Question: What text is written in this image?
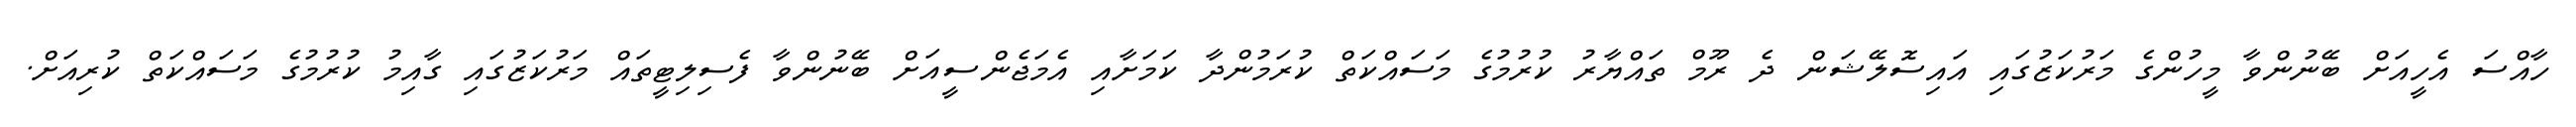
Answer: ހާއްސަ އެހީއަށް ބޭނުންވާ މީހުންގެ މަރުކަޒުގައި އައިސޮލޭޝަން ދެ ރޫމް ތައްޔާރު ކުރުމުގެ މަސައްކަތް ކުރަމުންދާ ކަމަށާއި އެމަޖެންސީއަށް ބޭނުންވާ ފެސިލިޓީތައް މަރުކަޒުގައި ގާއިމު ކުރުމުގެ މަސައްކަތް ކުރިއަށް.